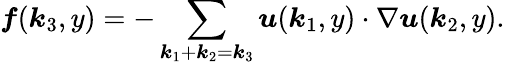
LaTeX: \boldsymbol{f}(\boldsymbol{k}_{3},y)=-\sum_{\boldsymbol{k}_{1}+\boldsymbol{k}_{2}=\boldsymbol{k}_{3}}\boldsymbol{u}(\boldsymbol{k}_{1},y)\cdot\nabla\boldsymbol{u}(\boldsymbol{k}_{2},y).